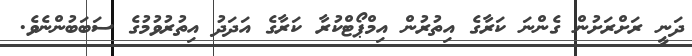
ދަނީ ރަށްރަށުން ގެންނަ ކަރާގެ އިތުރުން އިމްޕޯޓްކުރާ ކަރާގެ އަދަދު އިތުރުވުމުގެ ސަބަބުންނެވެ.